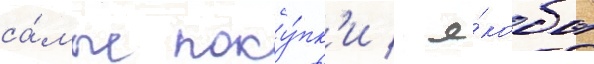
са́мые поку́пк'и / я́кобы